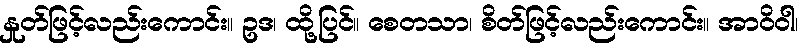
နှုတ်ဖြင့်လည်းကောင်း။ ဥဒ၊ ထို့ပြင်။ စေတသာ၊ စိတ်ဖြင့်လည်းကောင်း။ အာဝိဝါ၊